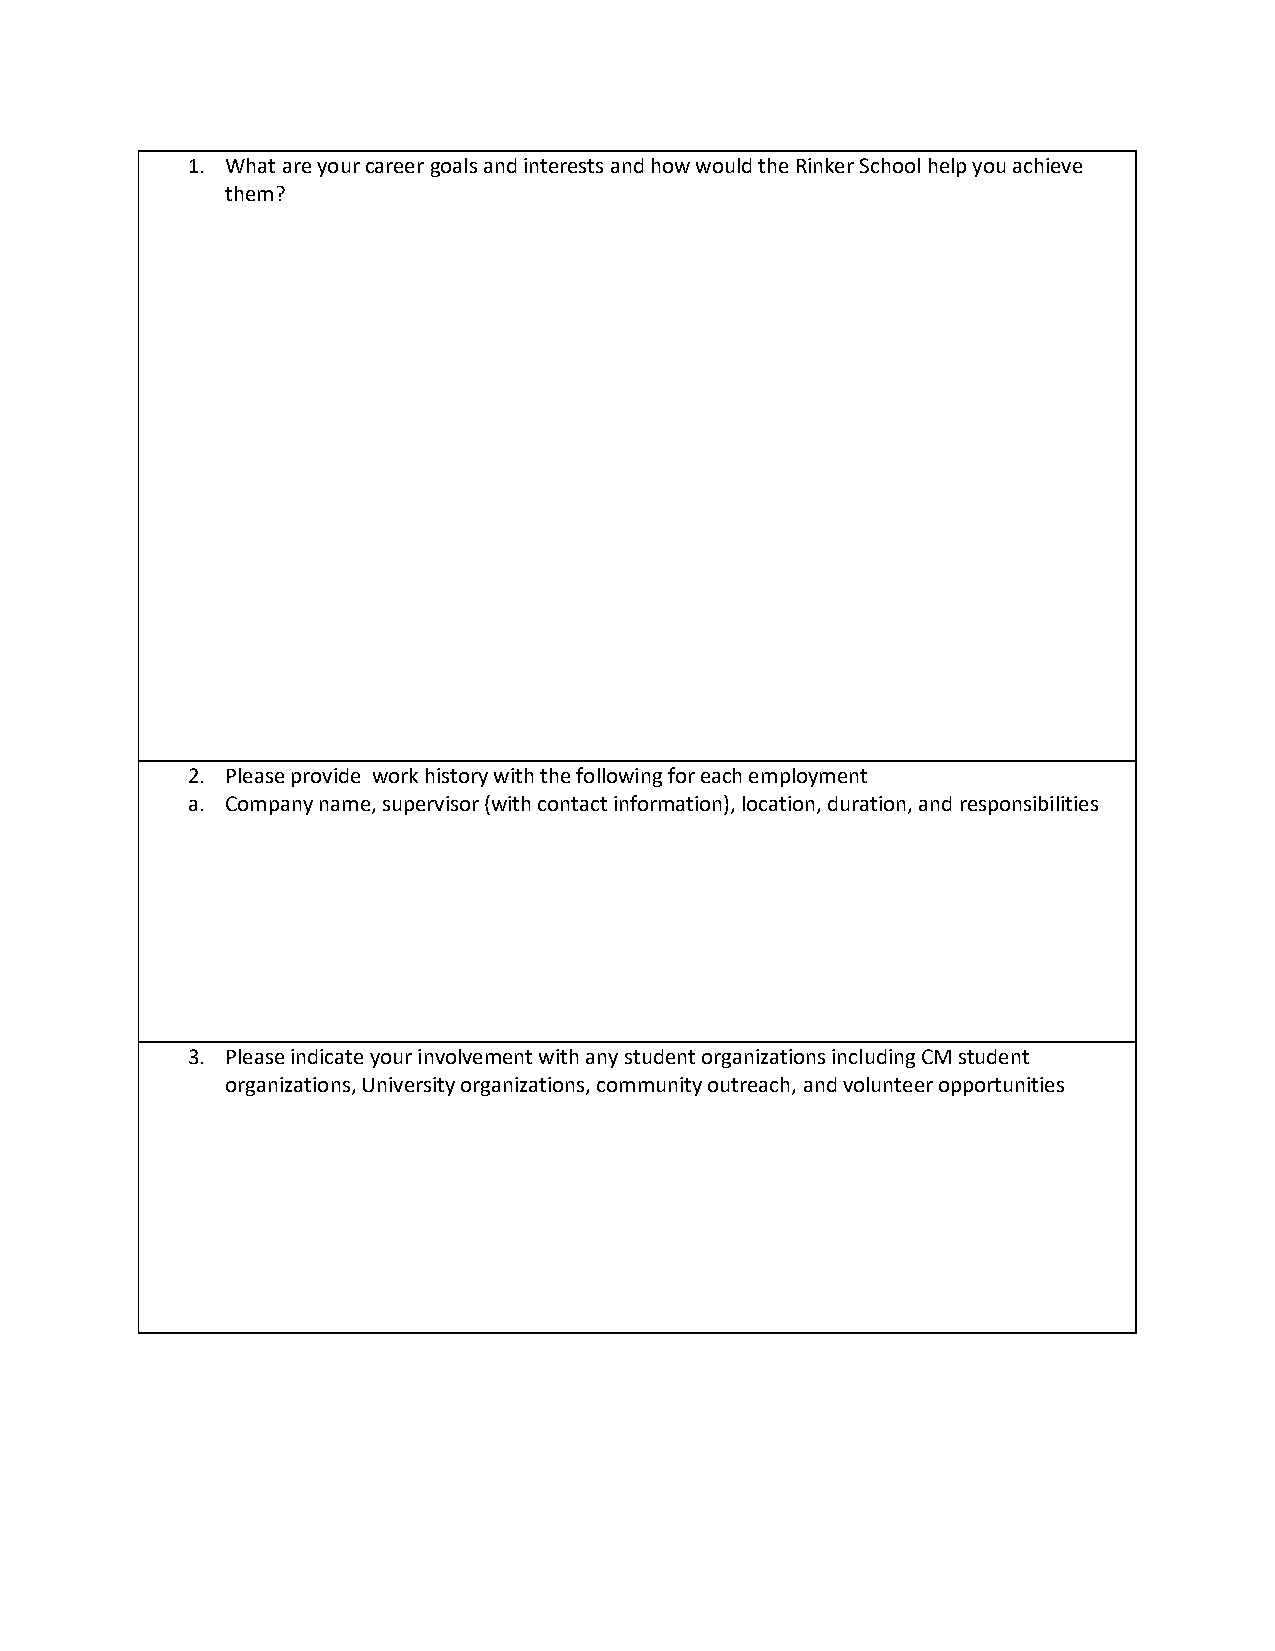
1. What are your career goals and interests and how would the Rinker School help you achieve
 them?
 2. Please provide work history with the following for each employment
 a. Company name, supervisor (with contact information), location, duration, and responsibilities
 3. Please indicate your involvement with any student organizations including CM student
 organizations, University organizations, community outreach, and volunteer opportunities